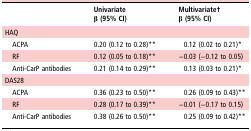
|  | Univariateβ (95% CI) | Multivariate†β (95% CI) |
 | --- | --- | --- |
 | <COLSPAN=3> HAQ |
 | ACPA | 0.20 (0.12 to 0.28)** | 0.12 (0.02 to 0.21)* |
 | RF | 0.12 (0.05 to 0.18)** | −0.03 (−0.12 to 0.05) |
 | Anti-CarP antibodies | 0.21 (0.14 to 0.29)** | 0.13 (0.03 to 0.21)* |
 | <COLSPAN=3> DAS28 |
 | ACPA | 0.36 (0.23 to 0.50)** | 0.26 (0.09 to 0.43)** |
 | RF | 0.28 (0.17 to 0.39)** | −0.01 (−0.17 to 0.15) |
 | Anti-CarP antibodies | 0.38 (0.26 to 0.50)** | 0.25 (0.09 to 0.42)** |